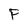
Character: P